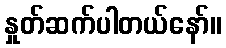
နှုတ်ဆက်ပါတယ်နော်။